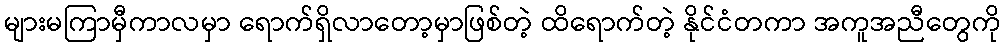
များမကြာမှီကာလမှာ ရောက်ရှိလာတော့မှာဖြစ်တဲ့ ထိရောက်တဲ့ နိုင်ငံတကာ အကူအညီတွေကို